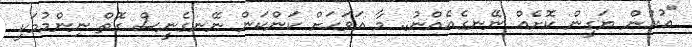
"އުހުން ޔަގީން ކޮށެއް ނޭނގެއެއްނު.. މާ އަވަހަށް ކަންކަން ނޭނގެނީސް ގޮތް ނިންމުމަކީ